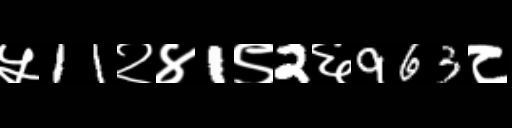
Text: ५11२४1९2६963८